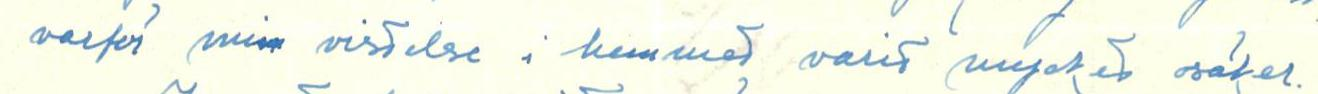
varför min visdelse i hemmet varit mycket säker.